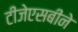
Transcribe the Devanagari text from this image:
टीजेएसबीने